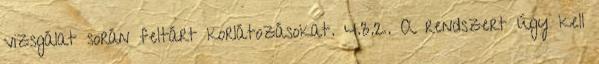
vizsgálat során feltárt korlátozásokat. 4.3.2. A rendszert úgy kell